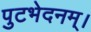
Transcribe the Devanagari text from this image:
पुटभेदनम्।